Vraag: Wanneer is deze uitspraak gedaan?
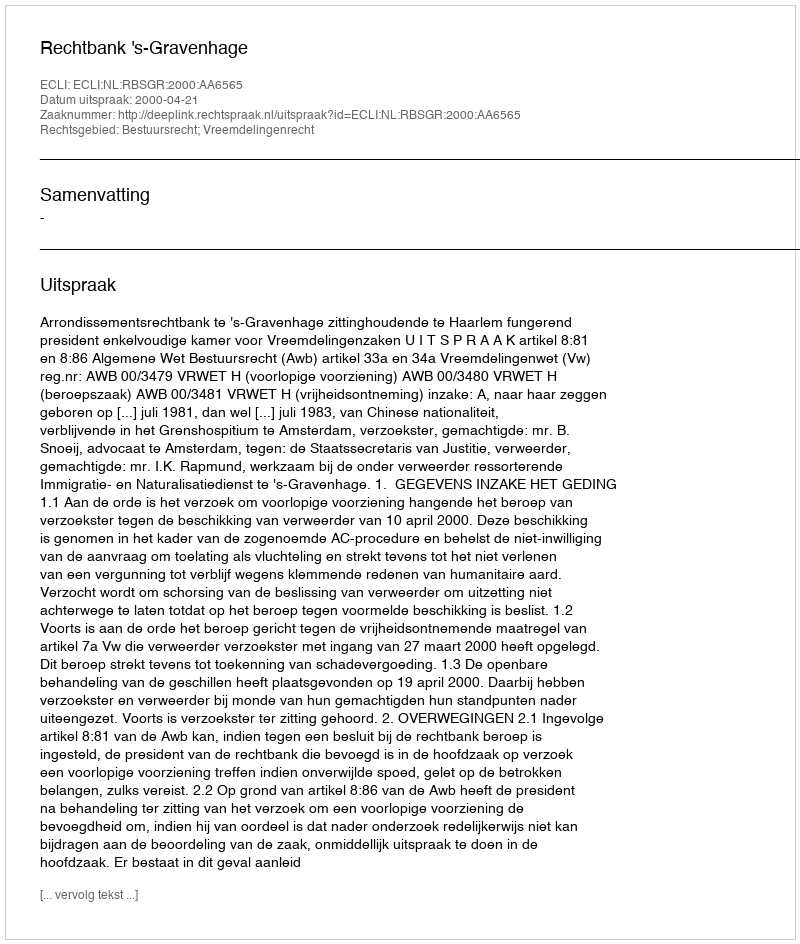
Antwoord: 2000-04-21